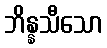
ဘိန္နသီသော